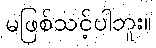
မဖြစ်သင့်ပါဘူး။